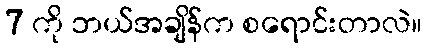
7 ကို ဘယ်အချိန်က စရောင်းတာလဲ။